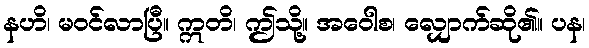
နဟိ၊ မဝင်လာပြီ။ ဣတိ၊ ဤသို့။ အဝေါစ၊ လျှောက်ဆို၏။ ပန၊